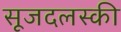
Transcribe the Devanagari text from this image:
सूजदलस्की